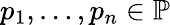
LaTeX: p_{1},\ldots,p_{n}\in\mathbb{P}